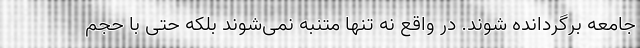
جامعه برگردانده شوند. در واقع نه تنها متنبه نمی‌شوند بلکه حتی با حجم